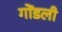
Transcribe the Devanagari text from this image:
गोंडली